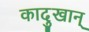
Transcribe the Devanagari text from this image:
कादुखान्